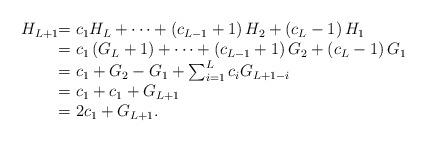
LaTeX: \begin{align*}\begin{array}{l@{{} {}}l}H_{L+1}&= c_1H_{L}+\cdots+\left( c_{L-1}+1 \right) H_2+\left( c_{L}-1 \right) H_1 \\&= c_1\left( G_{L}+1 \right) +\cdots+\left( c_{L-1}+1 \right) G_2+\left( c_{L}-1 \right) G_1 \\ &= c_1+G_2-G_1+\sum_{i=1}^{L}c_{i}G_{L+1-i} \\ &= c_1+c_1 +G_{L+1} \\ &= 2c_1+G_{L+1}. \\\end{array}\end{align*}